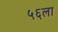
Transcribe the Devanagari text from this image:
५६ला